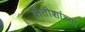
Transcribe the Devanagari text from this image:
ब्रीतीशांच्या